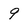
Character: 9